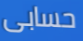
حسابى